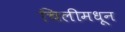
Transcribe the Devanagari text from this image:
चिलीमधून